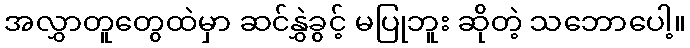
အလွှာတူတွေထဲမှာ ဆင်နွှဲခွင့် မပြုဘူး ဆိုတဲ့ သဘောပေါ့။